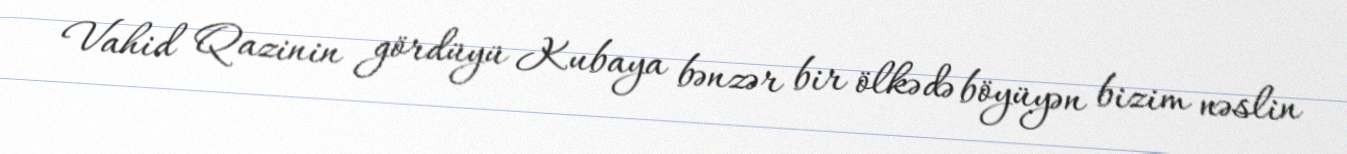
Vahid Qazinin gördüyü Kubaya bənzər bir ölkədə böyüyən bizim nəslin